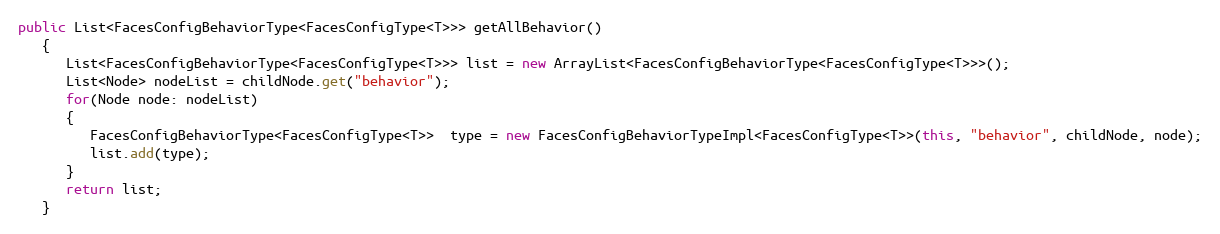
Language: Java
public List<FacesConfigBehaviorType<FacesConfigType<T>>> getAllBehavior()
   {
      List<FacesConfigBehaviorType<FacesConfigType<T>>> list = new ArrayList<FacesConfigBehaviorType<FacesConfigType<T>>>();
      List<Node> nodeList = childNode.get("behavior");
      for(Node node: nodeList)
      {
         FacesConfigBehaviorType<FacesConfigType<T>>  type = new FacesConfigBehaviorTypeImpl<FacesConfigType<T>>(this, "behavior", childNode, node);
         list.add(type);
      }
      return list;
   }